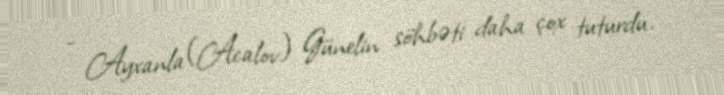
- Ayxanla (Acalov) Günelin söhbəti daha çox tuturdu.